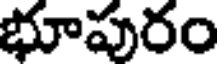
భూపురం